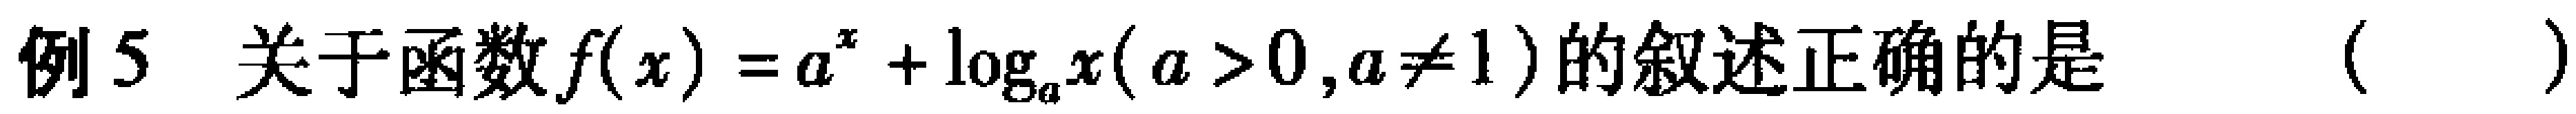
例5 关于函数\(f(x)=a^{x}+\log_{a}x(a > 0,a\neq1)\)的叙述正确的是（  ）